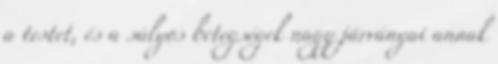
a testet, és a súlyos betegségek nagy járványai annak